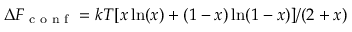
\Delta F _ { \textrm { c o n f } } = k T [ x \ln ( x ) + ( 1 - x ) \ln ( 1 - x ) ] / ( 2 + x )